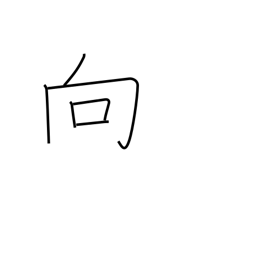
Meaning: approach